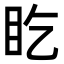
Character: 盵